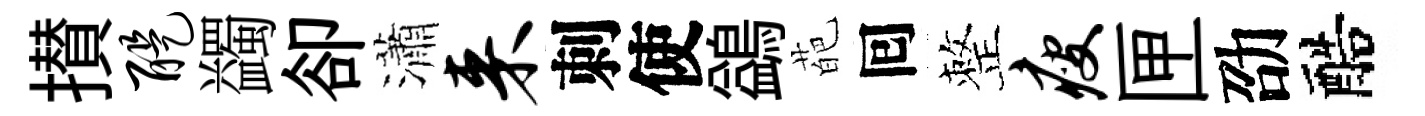
攅醍蠲卻瀟来刺使鷁葩囘整瘦匣劭醅